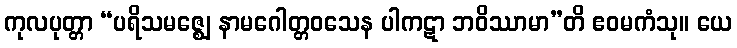
ကုလပုတ္တာ “ပရိသမဇ္ဈေ နာမဂေါတ္တဝသေန ပါကဋာ ဘဝိဿာမာ”တိ ဧဝမကံသု။ ယေ